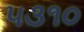
૫૩૧૦